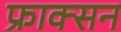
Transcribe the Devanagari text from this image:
फ्राक्सन